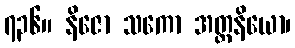
၇၃၆။ နိဇော သကော အတ္တနိယော၊